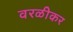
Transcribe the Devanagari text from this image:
वरळीकर